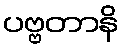
ပဗ္ဗတာနိ